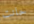
حانت